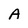
Character: A